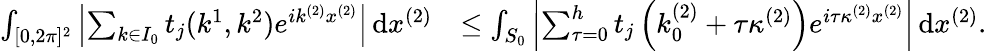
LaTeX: \begin{array}{rl}{\int_{[0,2\pi]^{2}}\left\vert\sum_{k\in I_{0}}t_{j}(k^{1},k^{2})e^{ik^{(2)}x^{(2)}}\right\vert\, \textnormal{d}x^{(2)}}&{\leq\int_{S_{0}}\left\vert\sum_{\tau=0}^{h}t_{j}\left(k_{0}^{(2)}+\tau\kappa^{(2)}\right)e^{i\tau\kappa^{(2)}x^{(2)}}\right\vert\, \textnormal{d}x^{(2)}.}\end{array}